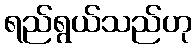
ရည်ရွယ်သည်ဟု